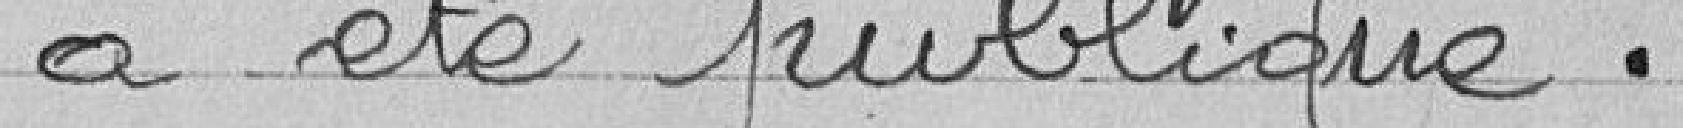
a été publique.